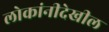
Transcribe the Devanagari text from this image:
लोकांनीदेखील